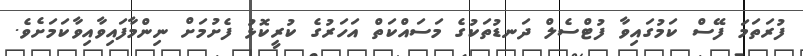
ފުރަތަމަ ފޭސް ކަމުގައިވާ ފުޓްސެލް ދަނޑުތަކުގެ މަސައްކަތް އަހަރުގެ ކުރީކޮޅު ފެށުމަށް ނިންމާފައިވާއިވާކަމަށެވެ.